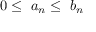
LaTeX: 0 \leq \ a _ { n } \leq \ b _ { n }